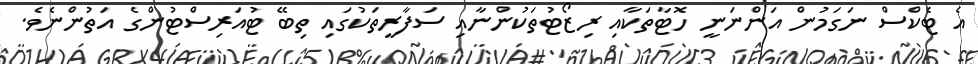
އެ ޓެކްސް ނަގަމުން އަންނަނީ ހޮޓާތަކާއި ރިޒޯޓުތަކުންނާއި ސަފާރީތަކުގައި ތިބޭ ޓުއަރިސްޓުންގެ އަތުންނެވެ.